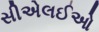
સીએલઈઓ